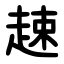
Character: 趚